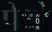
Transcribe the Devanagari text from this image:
पेथो